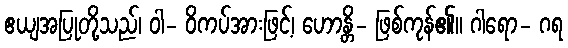
ဧယျအပြုတို့သည်၊ ဝါ- ဝိကပ်အားဖြင့်၊ ဟောန္တိ- ဖြစ်ကုန်၏။ ဂါရော- ဂရ